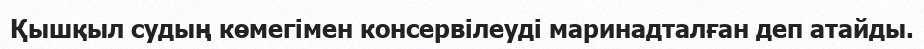
Қышқыл судың көмегімен консервілеуді маринадталған деп атайды.